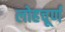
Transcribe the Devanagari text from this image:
लोहचूर्ण